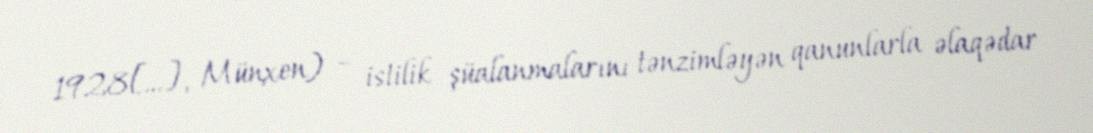
1928[…], Münxen) – istilik şüalanmalarını tənzimləyən qanunlarla əlaqədar